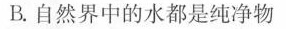
B.自然界中的水都是纯净物